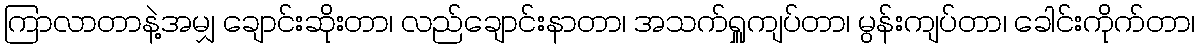
ကြာလာတာနဲ့အမျှ ချောင်းဆိုးတာ၊ လည်ချောင်းနာတာ၊ အသက်ရှူကျပ်တာ၊ မွန်းကျပ်တာ၊ ခေါင်းကိုက်တာ၊